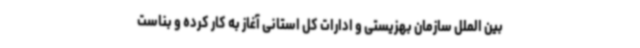
بین الملل سازمان بهزیستی و ادارات کل استانی آغاز به کار کرده و بناست